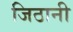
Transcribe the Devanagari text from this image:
जिठानी